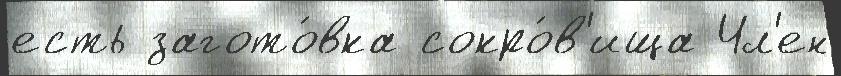
есть загото́вка сокро́в'ища Чл'ен